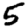
Digit: 5